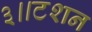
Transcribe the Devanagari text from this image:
३॥टशन